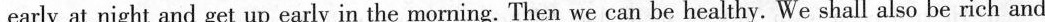
early at night and get up early in the morning. Then we can be healthy. We shall also be rich and